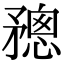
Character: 𥎋